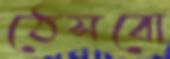
ঠেসবো